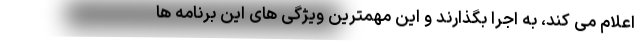
اعلام می کند، به اجرا بگذارند و این مهمترین ویژگی های این برنامه ها